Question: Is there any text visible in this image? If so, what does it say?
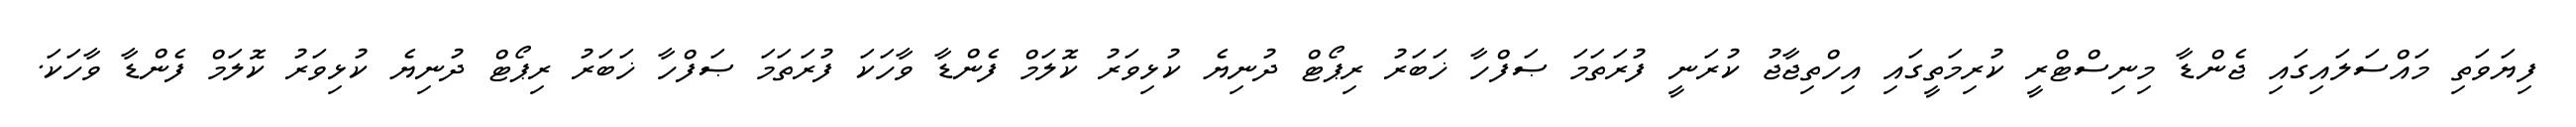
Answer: ފިޔަވަތި މައްސަލައިގައި ޖެންޑާ މިނިސްޓްރީ ކުރިމަތީގައި އިހްތިޖާޖު ކުރަނީ ފުރަތަމަ ޞަފްހާ ޚަބަރު ރިޕޯޓް ދުނިޔެ ކުޅިވަރު ކޮލަމް ފެންޑާ ވާހަކަ ފުރަތަމަ ޞަފްހާ ޚަބަރު ރިޕޯޓް ދުނިޔެ ކުޅިވަރު ކޮލަމް ފެންޑާ ވާހަކަ.